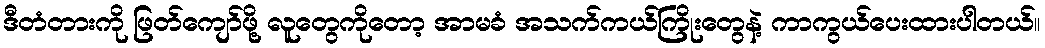
ဒီတံတားကို ဖြတ်ကျော်ဖို့ လူတွေကိုတော့ အာမခံ အသက်ကယ်ကြိုးတွေနဲ့ ကာကွယ်ပေးထားပါတယ်။